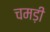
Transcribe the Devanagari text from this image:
चमड़ी